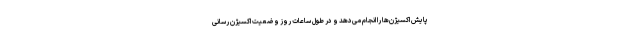
پایش اکسیژن‌ها را انجام می‌دهد و در طول ساعات روز وضعیت اکسیژن رسانی